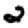
Digit: 2